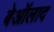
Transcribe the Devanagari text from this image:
बेऑलाद